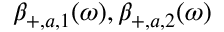
\beta _ { + , a , 1 } ( \omega ) , \beta _ { + , a , 2 } ( \omega )